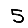
Digit: 5